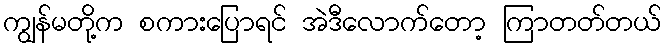
ကျွန်မတို့က စကားပြောရင် အဲဒီလောက်တော့ ကြာတတ်တယ်